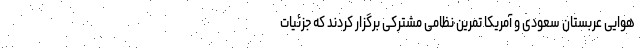
هوایی عربستان سعودی و آمریکا تمرین نظامی مشترکی برگزار کردند که جزئیات